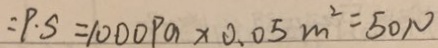
: P \cdot S = 1 0 0 0 P a \times 0 . 0 5 m ^ { 2 } = 5 0 N